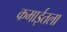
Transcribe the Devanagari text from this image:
कमाईतला